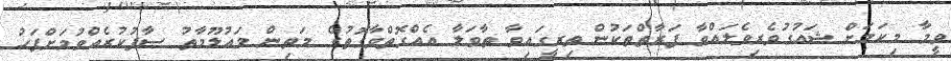
ވީމާ މިކަމަށް ޝައުގުވެރިވެލައްވާ ފަރާތްތަކުން ތިރީގައިވާ ތާވަލާ އެއްގޮތްވާގޮތުގެ މަތިން މައުލޫމާތު ސާފުކުރެއްވުމަށްފަހު